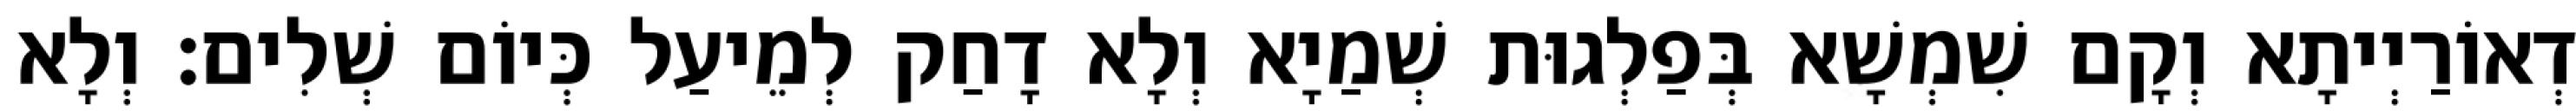
דְאוֹרַיְיתָא וְקָם שִׁמְשָׁא בְּפַלְגוּת שְׁמַיָא וְלָא דָחַק לְמֵיעַל כְּיוֹם שְׁלִים׃ וְלָא